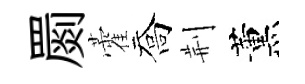
罽藿喬荆薰